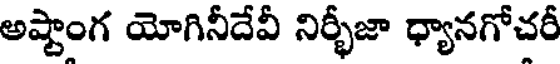
అష్టాంగ యోగినీదేవీ నిర్భీజా ధ్యానగోచరీ